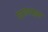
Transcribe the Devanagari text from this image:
घाटातसुद्धा